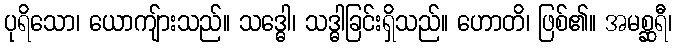
ပုရိသော၊ ယောကျ်ားသည်။ သဒ္ဓေါ၊ သဒ္ဓါခြင်းရှိသည်။ ဟောတိ၊ ဖြစ်၏။ အမစ္ဆရီ၊